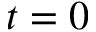
t = 0